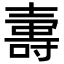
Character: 𡔽